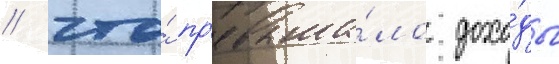
/ что́ пр'евыша́ло дохо́ды